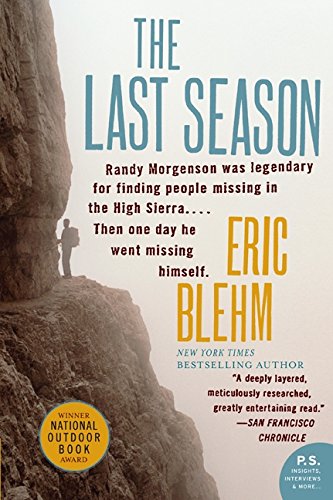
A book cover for The Last Season (P.S.); Eric Blehm; Business & Money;